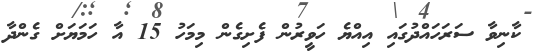
ކާނިވާ ސަރަހައްދުގައި އިއްޔެ ހަވީރުން ފެށިގެން މިމަހު 15 އާ ހަަމަޔަށް ގެންދާ